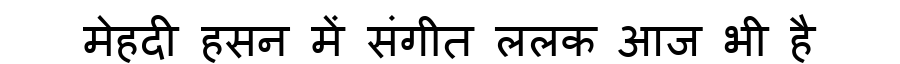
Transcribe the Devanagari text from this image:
मेहदी हसन में संगीत ललक आज भी है